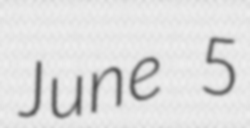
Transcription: June 5